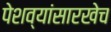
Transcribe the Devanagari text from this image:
पेशव्यांसारखेच